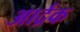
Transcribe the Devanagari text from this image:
आर्द्रक